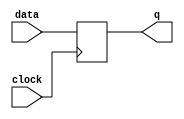
module latch (
    input data,
    input clock,
    output reg q
);

always @(posedge clock)
begin
    q <= data;
end

endmodule